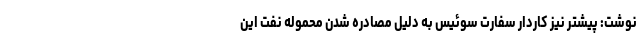
نوشت: پیشتر نیز کاردار سفارت سوئیس به دلیل مصادره شدن محموله نفت این